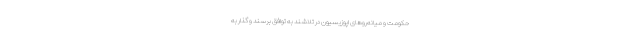
حکومت و میانه‌روهای اپوزیسیون در تلاشند به توافق برسند و گذار به